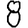
Digit: 8